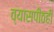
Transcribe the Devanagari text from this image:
व्यासपीठही